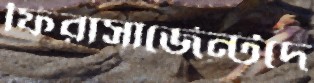
ফিরাসার্জেন্টদে